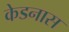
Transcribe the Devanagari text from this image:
केडनास